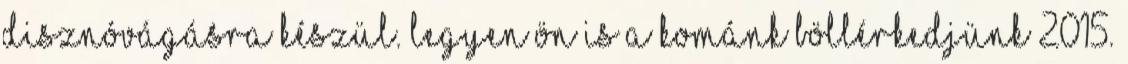
disznóvágásra készül. Legyen Ön is a Kománk Böllérkedjünk 2015.